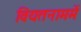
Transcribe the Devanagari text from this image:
वियतनाममें